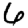
Digit: 6